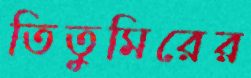
তিতুমিরের